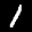
Label: 1